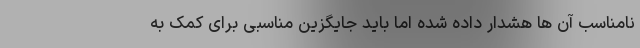
نامناسب آن ها هشدار داده شده اما باید جایگزین مناسبی برای کمک به